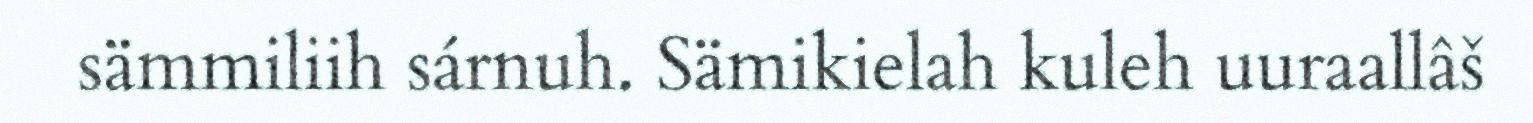
sämmiliih sárnuh. Sämikielah kuleh uuraallâš